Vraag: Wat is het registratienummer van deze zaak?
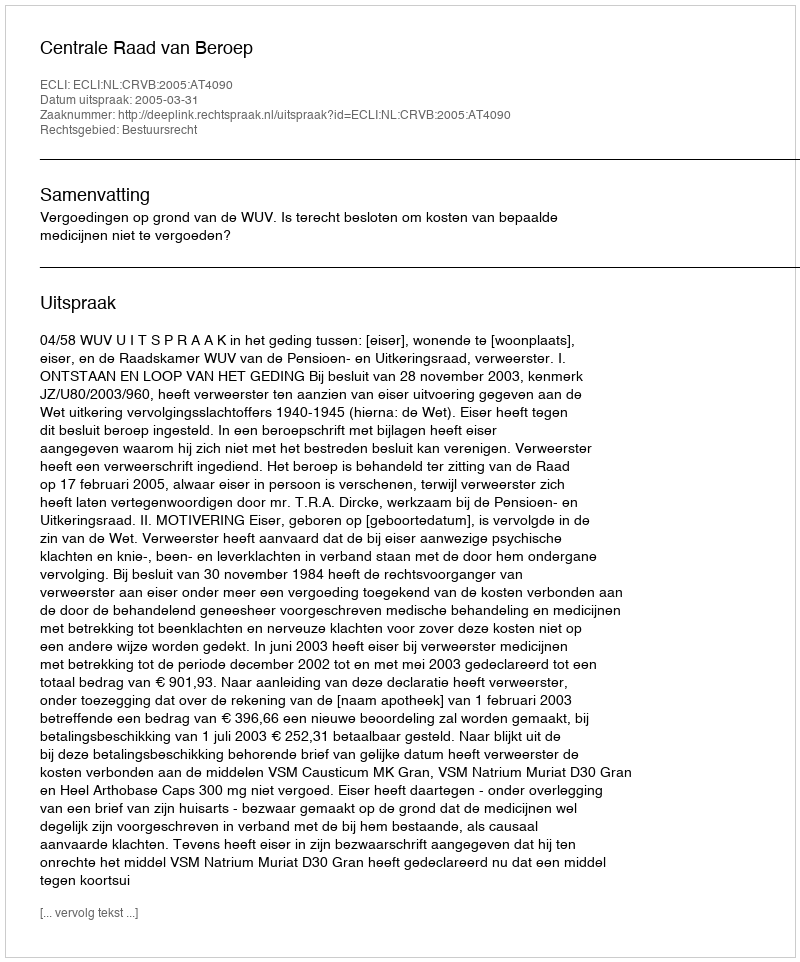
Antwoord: http://deeplink.rechtspraak.nl/uitspraak?id=ECLI:NL:CRVB:2005:AT4090